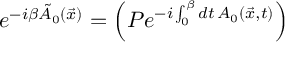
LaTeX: e ^ { - i \beta \tilde { A } _ { 0 } ( \vec { x } ) } = \left( P e ^ { - i \int _ { 0 } ^ { \beta } d t \, A _ { 0 } ( \vec { x } , t ) } \right)